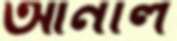
আনীল